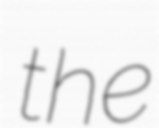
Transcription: the